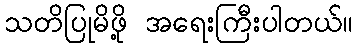
သတိပြုမိဖို့ အရေးကြီးပါတယ်။